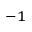
^ { - 1 }